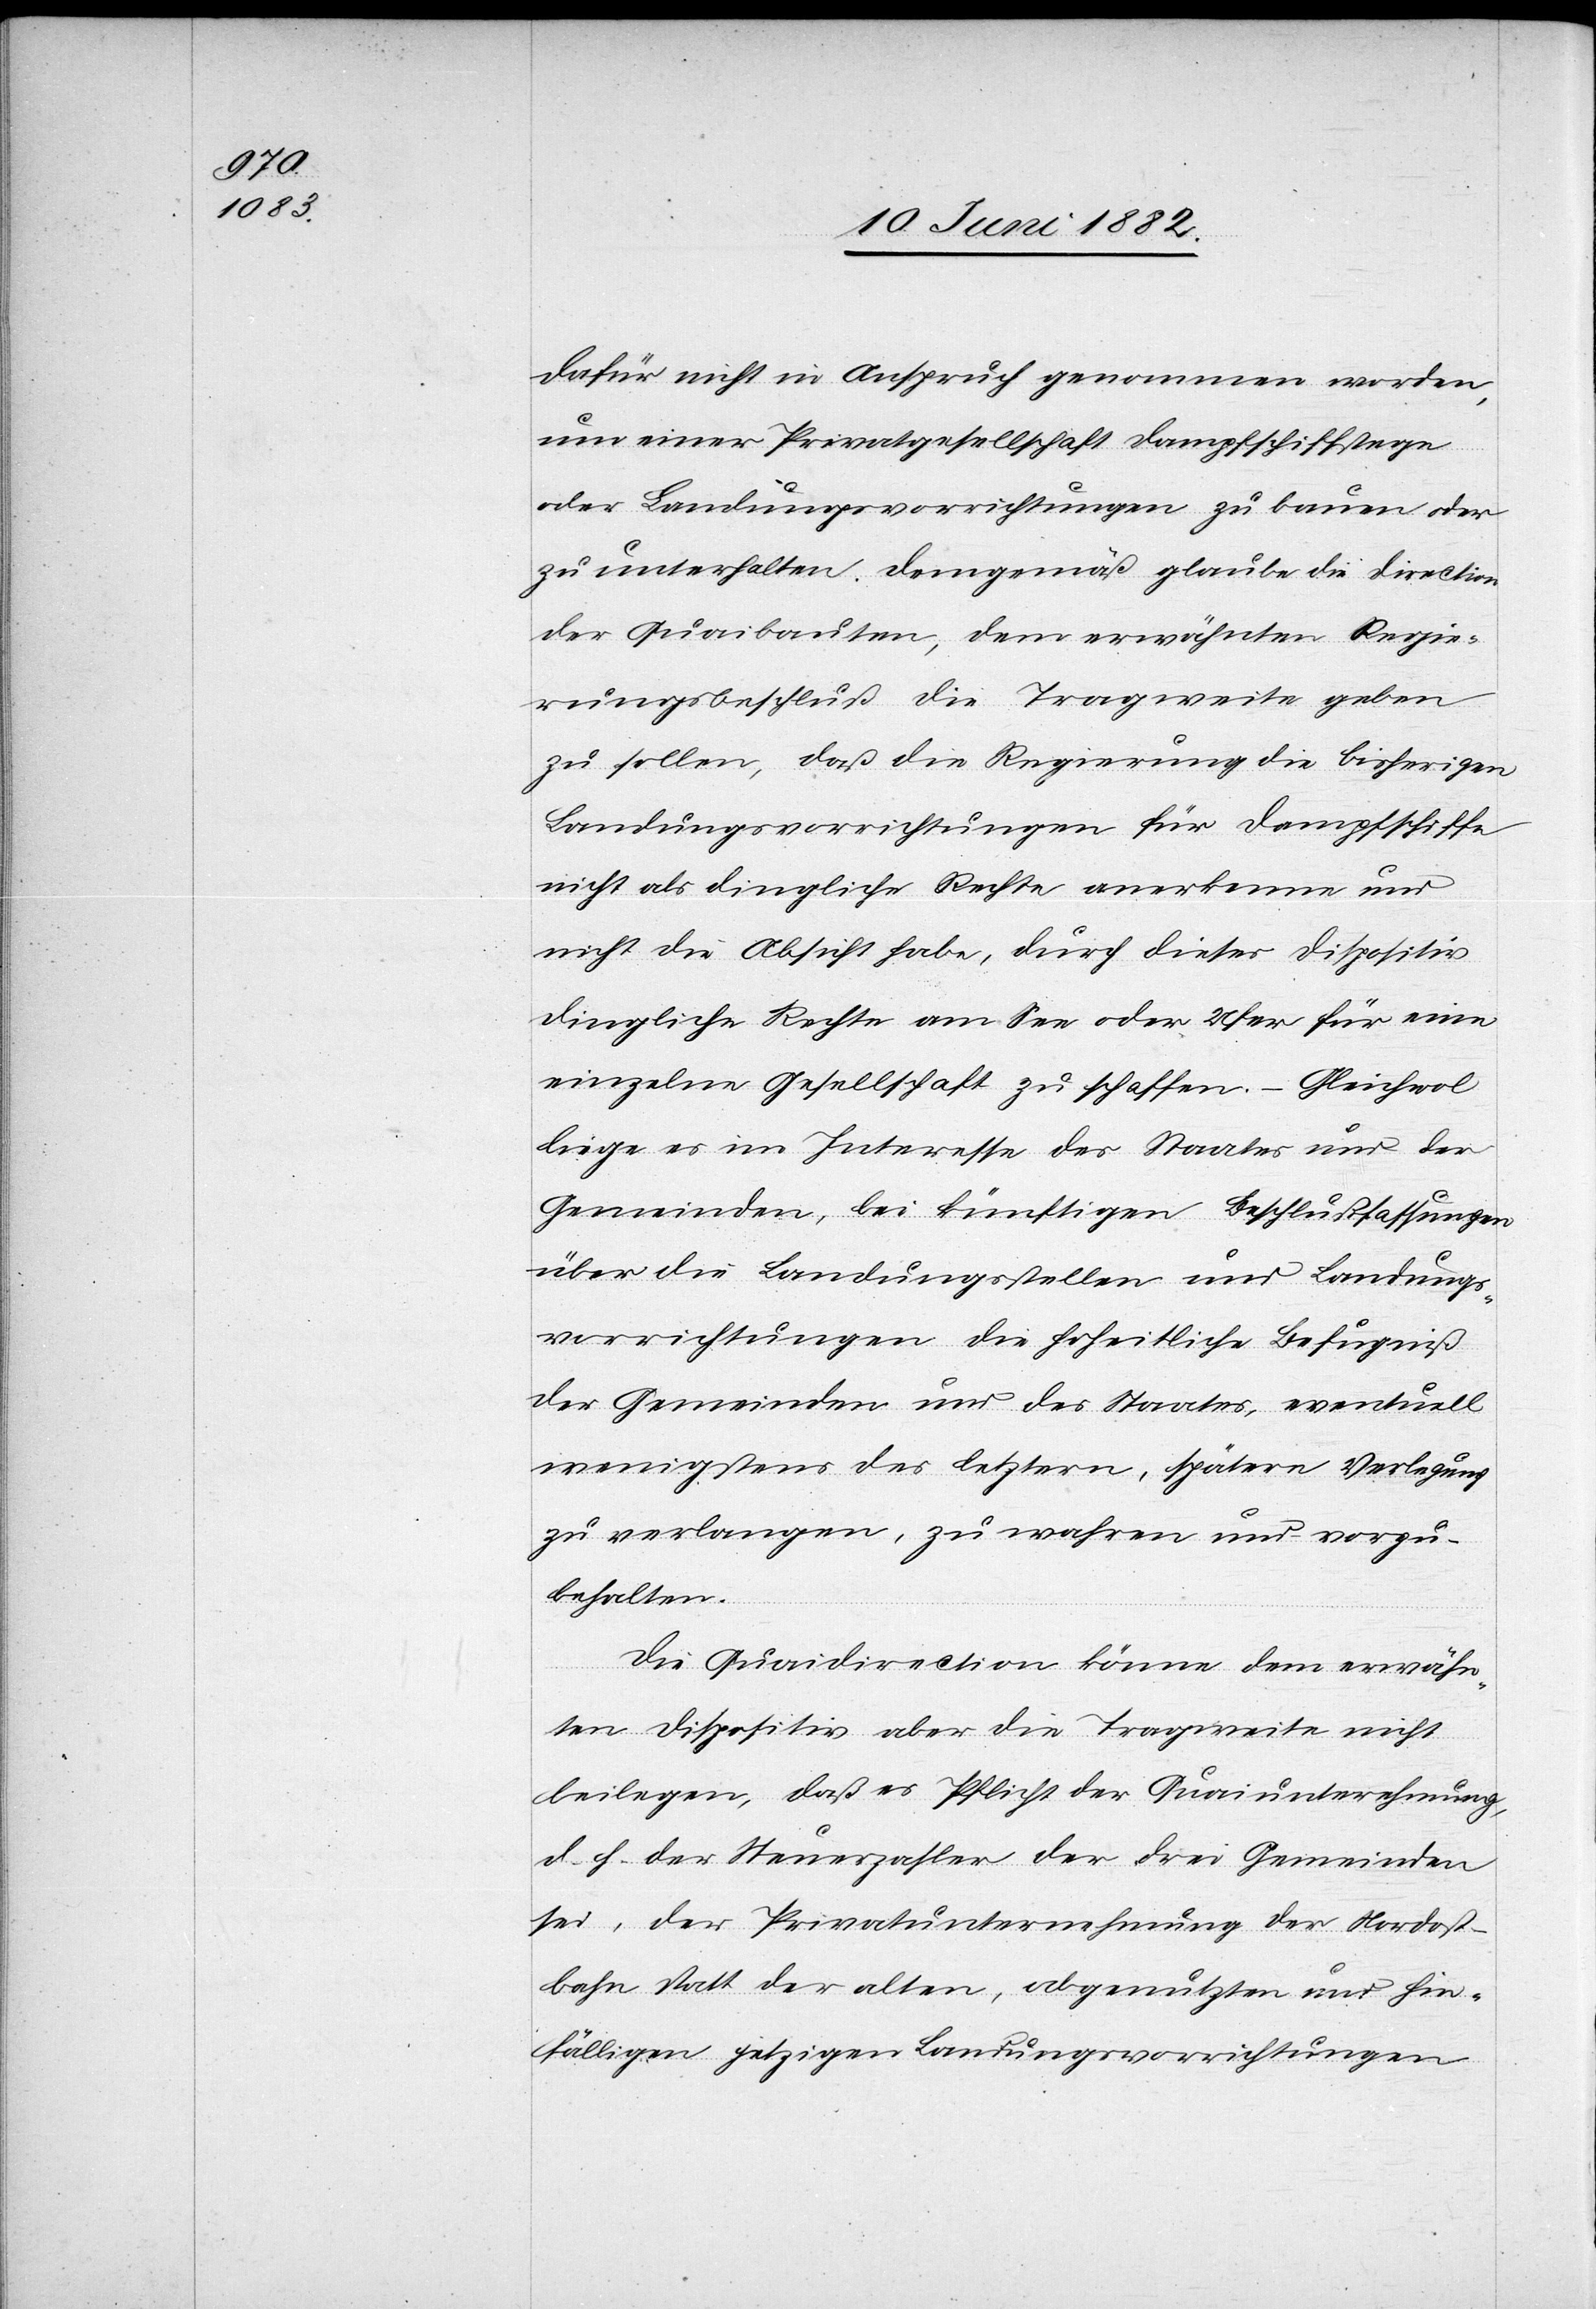
dafür nicht in Anspruch genommen worden,
um einer Privatgesellschaft Dampfschiffstege
oder Landungsvorrichtungen zu bauen oder
zu unterhalten. Demgemäß glaube die Direction
der Quaibauten, dem erwähnten Regie¬
rungsbeschluß die Tragweite geben
zu sollen, daß die Regierung die bisherigen
Landungsvorrichtungen für Dampfschiffe
nicht als dingliche Rechte anerkenne und
nicht die Absicht habe, durch dieses Dispositiv
dingliche Rechte am See oder Ufer für eine
einzelne Gesellschaft zu schaffen. – Gleichwol
liege es im Interesse des Staates und der
Gemeinden, bei künftigen Beschlußfassungen
über die Landungsstellen und Landungs¬
vorrichtungen die hoheitliche Befugniß
der Gemeinden und des Staates wen¬
igstens des letztern, spätere Verlegung
zu verlangen, zu wahren und vorzu¬
behalten.
Die Quaidirection könne dem erwähn¬
ten Dispositiv aber die Tragweite nicht
beilegen, daß es Pflicht der Quaiunternehmung,
d. h. der Steuerzahler der drei Gemeinden
sei, der Privatunternehmung der Nordost¬
bahn statt der alten, abgenutzten und hin¬
fälligen jetzigen Landungsvorrichtungen